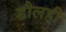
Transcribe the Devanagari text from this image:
डौलही